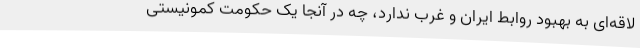
لاقه‌ای به بهبود روابط ایران و غرب ندارد، چه در آنجا یک حکومت کمونیستی